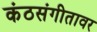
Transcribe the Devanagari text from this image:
कंठसंगीतावर